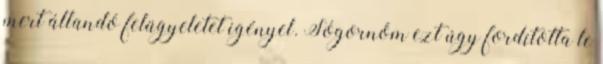
mert állandó felügyeletet igényel. Sógornőm ezt úgy fordította le